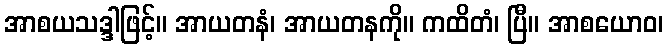
အာစယသဒ္ဒါဖြင့်။ အာယတနံ၊ အာယတနကို။ ကထိတံ၊ ပြီ။ အာစယောဝ၊